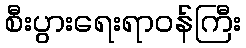
စီးပွားရေးရာဝန်ကြီး